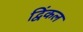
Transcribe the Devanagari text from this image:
द्विंकल